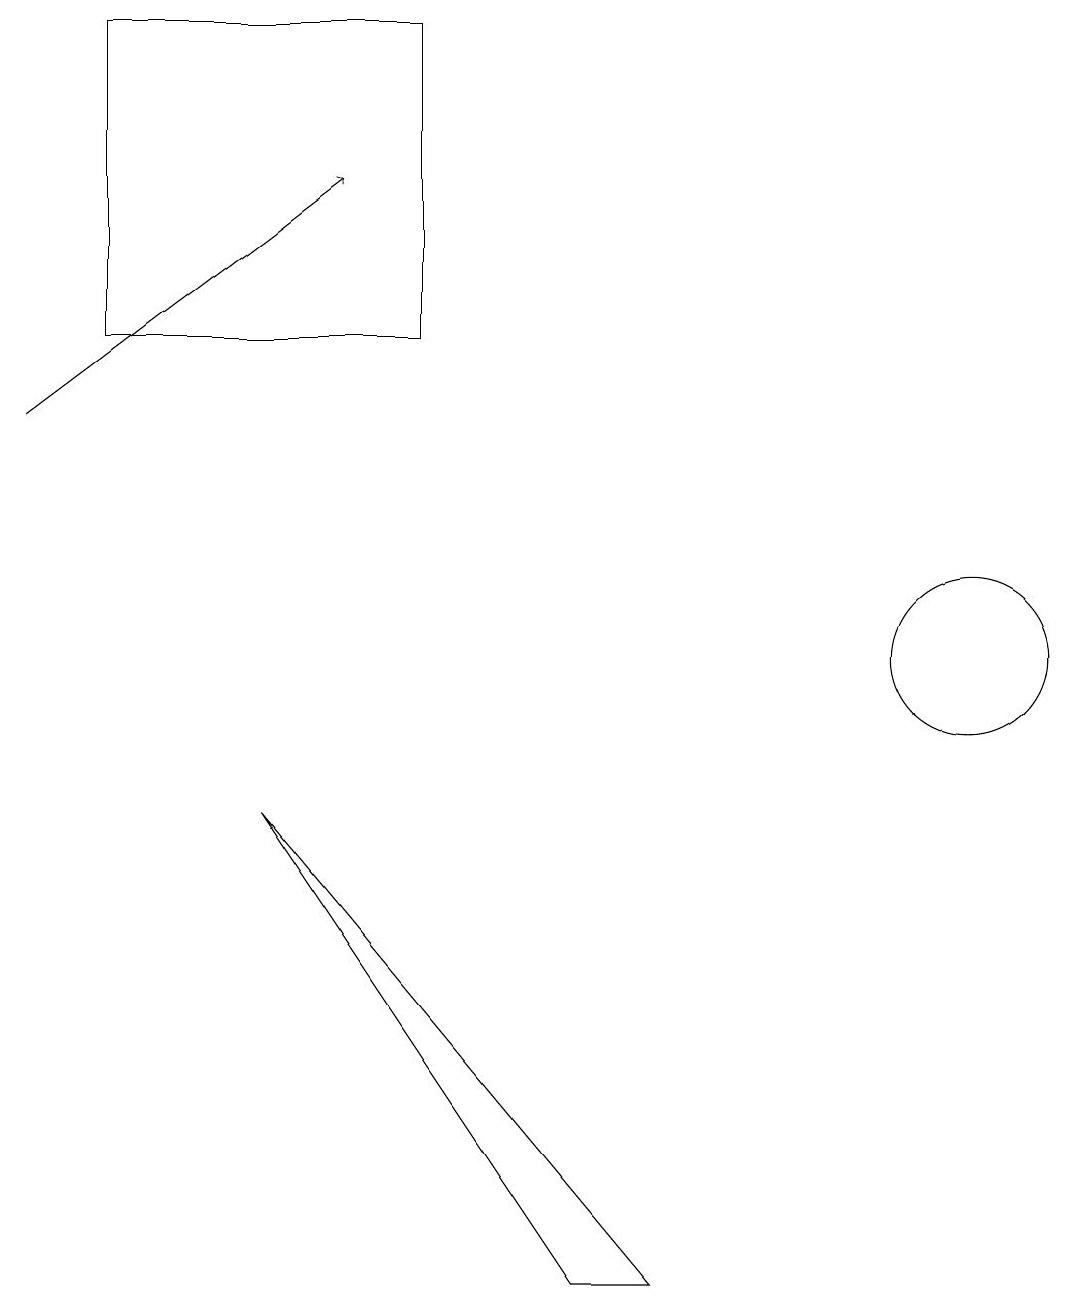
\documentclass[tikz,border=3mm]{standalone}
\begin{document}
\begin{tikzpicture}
\draw[->] (0,13) -- (4,16);
\draw (1,14) rectangle (5,18);
\draw (3,8) -- (8,2) -- (7,2) -- cycle;
\draw (12,10) circle (1);
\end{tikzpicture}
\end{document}